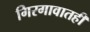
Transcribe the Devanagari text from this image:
गिरगावातही